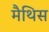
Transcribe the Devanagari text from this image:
मैथिस